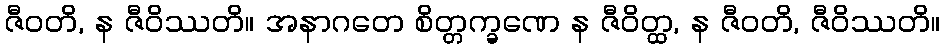
ဇီဝတိ, န ဇီဝိဿတိ။ အနာဂတေ စိတ္တက္ခဏေ န ဇီဝိတ္ထ, န ဇီဝတိ, ဇီဝိဿတိ။